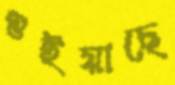
শুইয়াছে